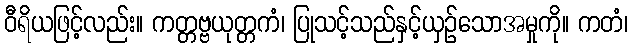
ဝီရိယဖြင့်လည်း။ ကတ္တဗ္ဗယုတ္တကံ၊ ပြုသင့်သည်နှင့်ယှဉ်သောအမှုကို။ ကတံ၊